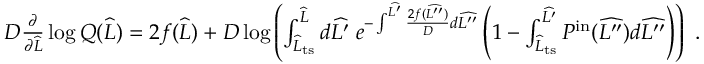
\begin{array} { r } { D \frac { \partial } { \partial \widehat { L } } \log Q ( \widehat { L } ) = 2 f ( \widehat { L } ) + D \log \left( \int _ { \widehat { L } _ { \mathrm { t s } } } ^ { \widehat { L } } d \widehat { L ^ { \prime } } \; e ^ { - \int ^ { \widehat { L ^ { \prime } } } \frac { 2 f ( \widehat { L ^ { \prime \prime } } ) } { D } d \widehat { L ^ { \prime \prime } } } \left( 1 - \int _ { \widehat { L } _ { \mathrm { t s } } } ^ { \widehat { L ^ { \prime } } } P ^ { \mathrm { i n } } ( \widehat { L ^ { \prime \prime } } ) d \widehat { L ^ { \prime \prime } } \right) \right) \ . } \end{array}